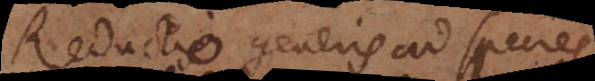
Reductio generis ad species,